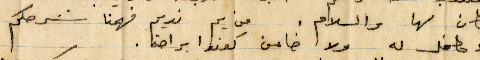
مكان لها والسلام. من يم نديم فهمنا شرحكم